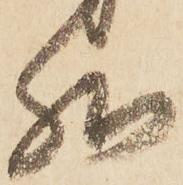
然